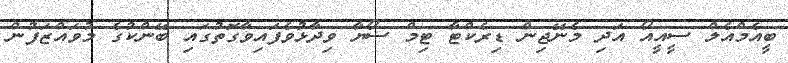
ބީއެމްއެލް ސީއީއޯ އަދި މެނޭޖިން ޑިރެކްޓާ ޓިމް ސޯޔާ ވިދާޅުވެފައިވާގޮތުގައި ބޭންކުގެ މުވައްޒަފުން